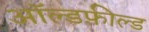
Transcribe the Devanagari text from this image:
ऑल्डफ़ील्ड